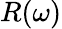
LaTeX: R(\omega)